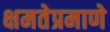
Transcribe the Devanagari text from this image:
क्षमतेप्रमाणे